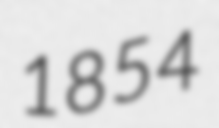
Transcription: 1854